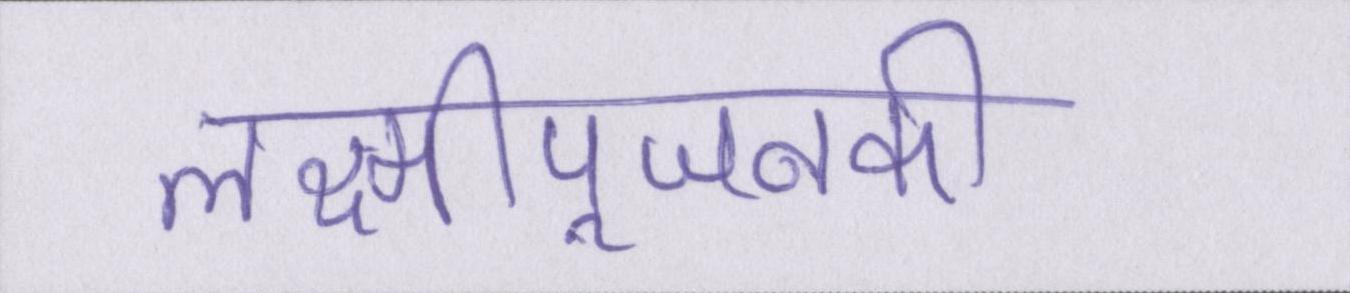
लक्ष्मीपूजनकी